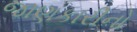
જાણકારીનો